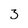
Character: 3